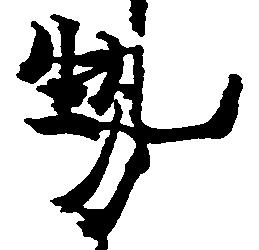
勢